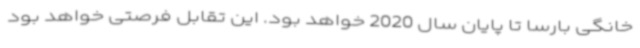
خانگی بارسا تا پایان سال 2020 خواهد بود. این تقابل فرصتی خواهد بود